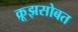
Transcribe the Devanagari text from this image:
क्रूझसोबत